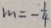
m = - \frac { 1 } { 4 }